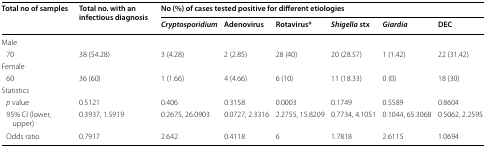
<table><thead><tr><td rowspan="2"><b>Total no of samples</b></td><td rowspan="2"><b>Total no. with an infectious diagnosis</b></td><td colspan="6"><b>No (%) of cases tested positive for different etiologies</b></td></tr><tr><td><b><i>Cryptosporidium</i></b></td><td><b>Adenovirus</b></td><td><b>Rotavirus*</b></td><td><b><i>Shigella</i> stx</b></td><td><b><i>Giardia</i></b></td><td><b>DEC</b></td></tr></thead><tbody><tr><td colspan="8">Male</td></tr><tr><td> 70</td><td>38 (54.28)</td><td>3 (4.28)</td><td>2 (2.85)</td><td>28 (40)</td><td>20 (28.57)</td><td>1 (1.42)</td><td>22 (31.42)</td></tr><tr><td colspan="8">Female</td></tr><tr><td> 60</td><td>36 (60)</td><td>1 (1.66)</td><td>4 (4.66)</td><td>6 (10)</td><td>11 (18.33)</td><td>0 (0)</td><td>18 (30)</td></tr><tr><td colspan="8">Statistics</td></tr><tr><td> <i>p</i> value</td><td>0.5121</td><td>0.406</td><td>0.3158</td><td>0.0003</td><td>0.1749</td><td>0.5589</td><td>0.8604</td></tr><tr><td> 95% CI (lower, upper)</td><td>0.3937, 1.5919</td><td>0.2675, 26.0903</td><td>0.0727, 2.3316</td><td>2.2755, 15.8209</td><td>0.7734, 4.1051</td><td>0.1044, 65.3068</td><td>0.5062, 2.2595</td></tr><tr><td> Odds ratio</td><td>0.7917</td><td>2.642</td><td>0.4118</td><td>6</td><td>1.7818</td><td>2.6115</td><td>1.0694</td></tr></tbody></table>